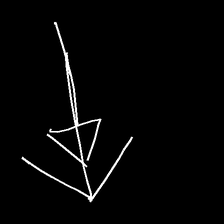
Glyph: pull